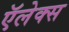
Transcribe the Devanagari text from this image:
ऍलेक्स